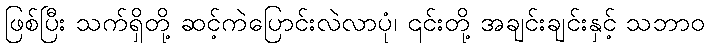
ဖြစ်ပြီး သက်ရှိတို့ ဆင့်ကဲပြောင်းလဲလာပုံ၊ ၎င်းတို့ အချင်းချင်းနှင့် သဘာဝ